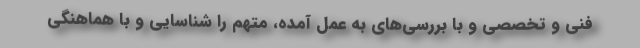
فنی و تخصصی و با بررسی‌های به عمل آمده، متهم را شناسایی و با هماهنگی